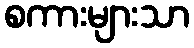
စကားများသာ